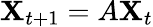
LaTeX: \mathbf{X}_{t+1}=A\mathbf{X}_{t}